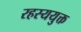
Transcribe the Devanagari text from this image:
रहस्‍ययुक्त